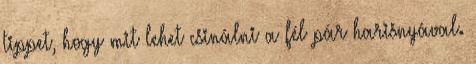
tippet, hogy mit lehet csinálni a fél pár harisnyával.